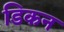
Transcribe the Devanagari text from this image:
डिकन